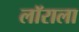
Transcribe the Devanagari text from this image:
लॉराला